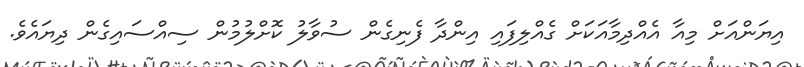
އިޔަންއަށް މިއާ އެއްދިމާއަކަށް ގެއްލިފައި އިންދާ ފެނިގެން ސުވާލު ކޮށްލުމުން ސިއްސައިގެން ދިޔައެވެ.